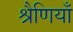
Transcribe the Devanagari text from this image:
श्रैणियाँ